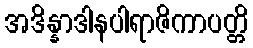
အဒိန္နာဒါနပါရာဇိကာပတ္တိ